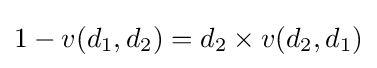
1-v(d_{1},d_{2})=d_{2}\times v(d_{2},d_{1})